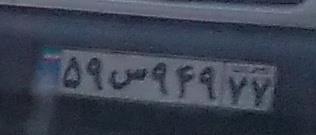
۵۹س۹۴۹۷۷